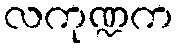
လကုဏ္ဍက